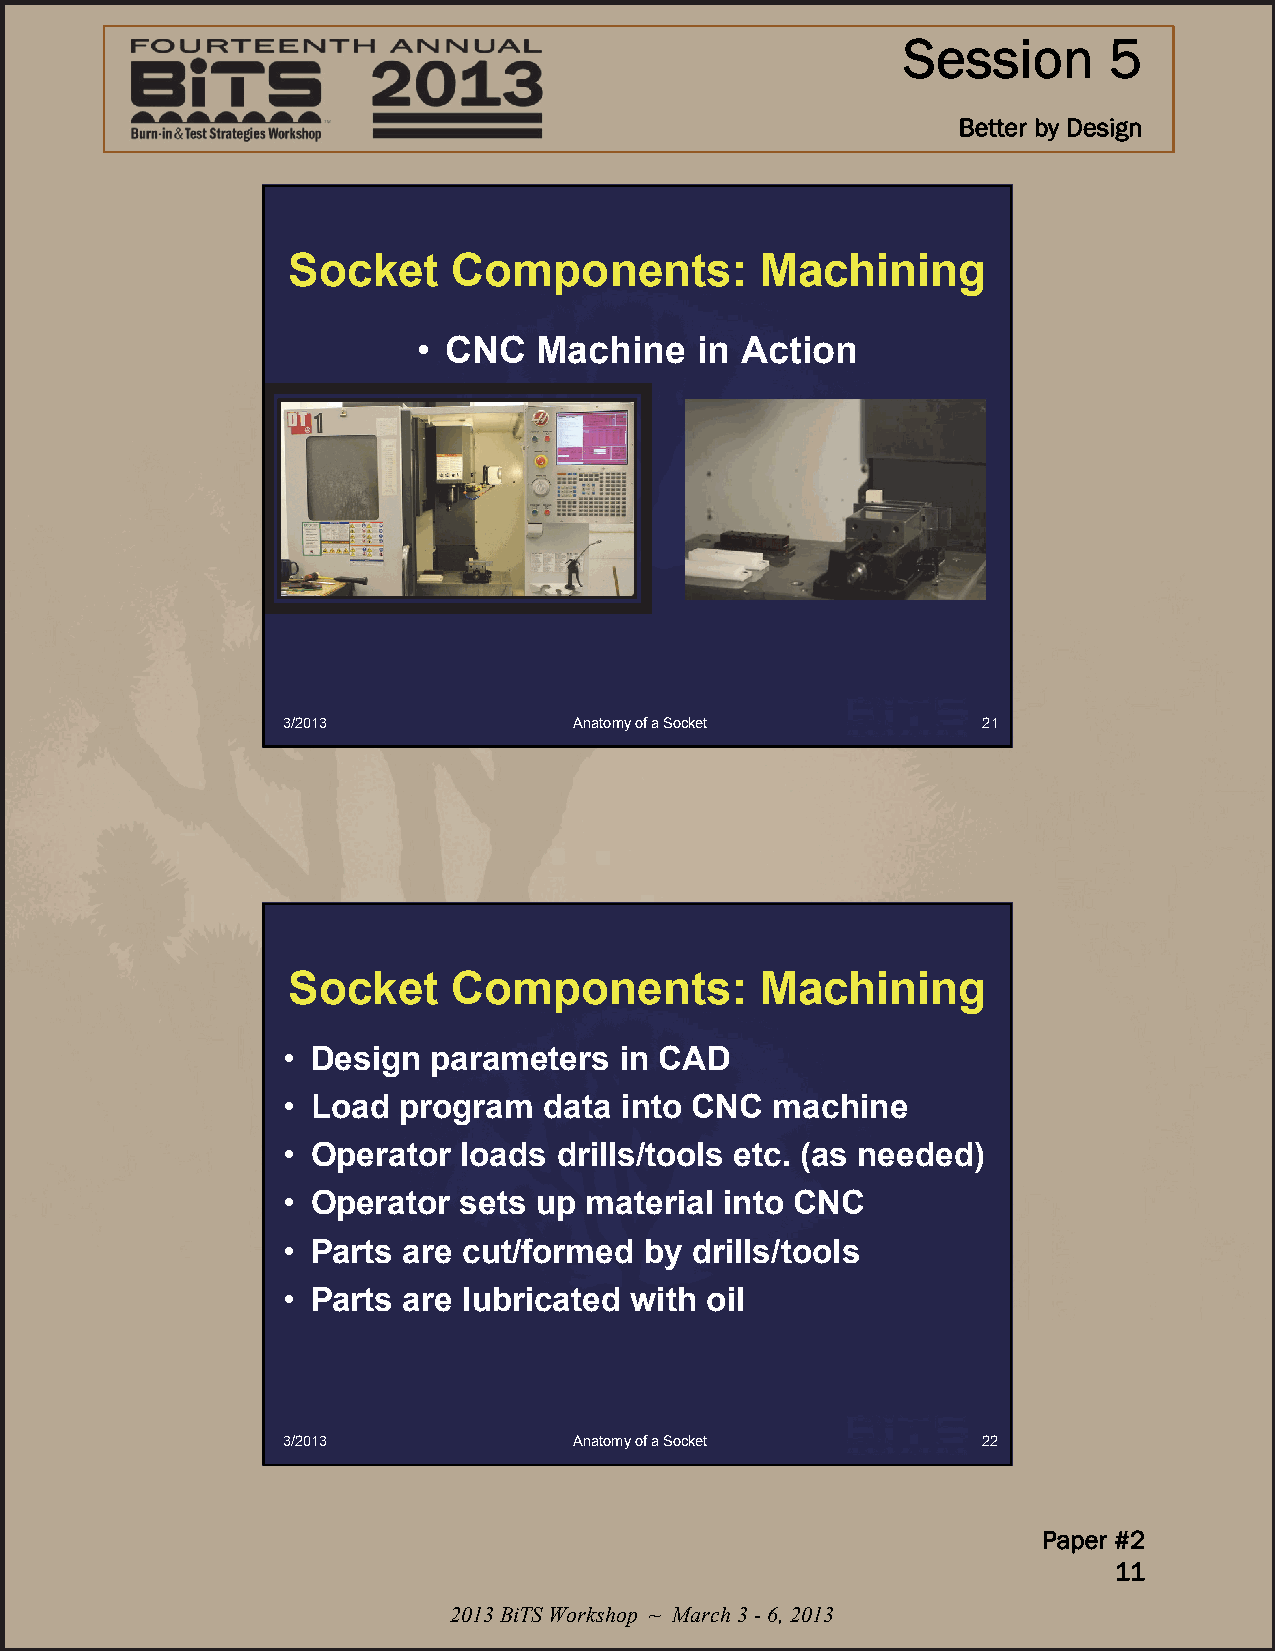
Session      5
 Better by Design
 Socket     Components:         Machining
 • CNC   Machine   in Action
 3/2013             Anatomy of a Socket        21
 Socket     Components:         Machining
 • Design  parameters  in CAD
 • Load program   data into CNC  machine
 • Operator loads  drills/tools etc. (as needed)
 • Operator sets  up material into CNC
 • Parts are cut/formed  by drills/tools
 • Parts are lubricated with oil
 3/2013             Anatomy of a Socket        22
 Paper #2
 11
 2013 BiTS Workshop ~ March 3 -6, 2013